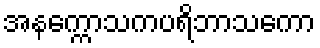
အနက္ကောသကပရိဘာသကော